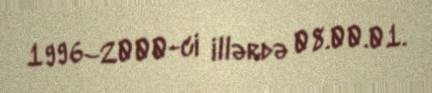
1996–2000-ci illərdə 08.00.01.